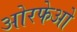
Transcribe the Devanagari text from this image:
ओरफेओ